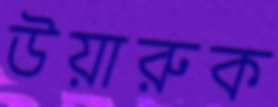
উয়ারুক